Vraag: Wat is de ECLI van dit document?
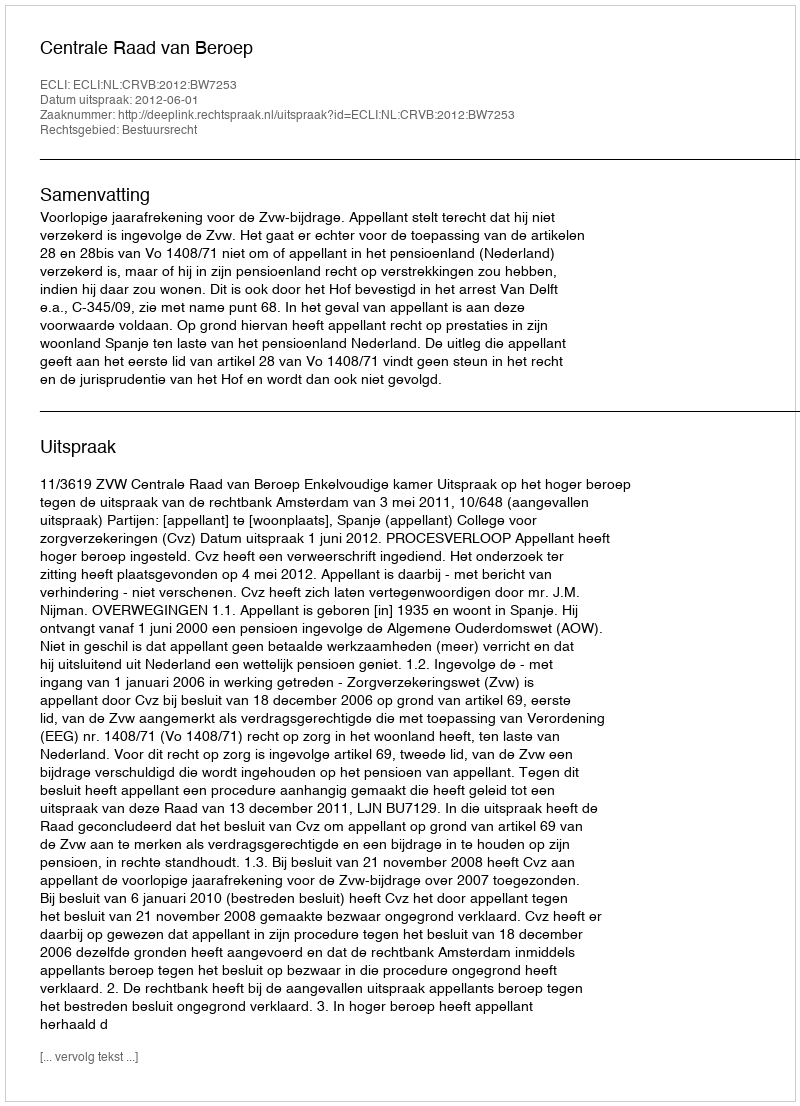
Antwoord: ECLI:NL:CRVB:2012:BW7253